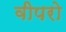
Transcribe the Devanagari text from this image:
वीपरो